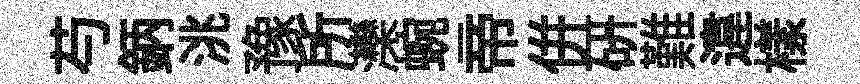
芍鈵洮豫所灤蜿帝併硏難違樣